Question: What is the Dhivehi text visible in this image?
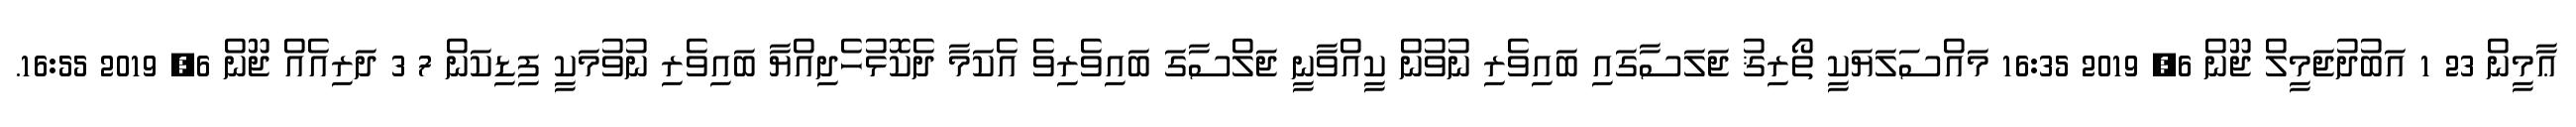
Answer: ޢާމީން 23 1 އަބުދުޖަމީލް ޖޫން 6, 2019 16:35 މައްސަލަޔަކީ ތޯރިޤު ޖަލަސާގައި ބައިވެރި ނުވުން ކީއްވާނީ ޖަލްސާގަ ބައިވެރިވެ އެކަމާ ދެކޮޅުހެދިއްޔާ ބައިވެރި ނުވުމަކީ ފިޑިކަން 7 3 ދަރިއެއް ޖޫން 6, 2019 16:55.